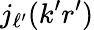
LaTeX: j_{\ell^{\prime}}(k^{\prime}r^{\prime})